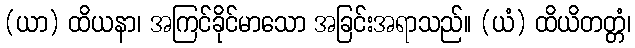
(ယာ) ထိယနာ၊ အကြင်ခိုင်မာသော အခြင်းအရာသည်။ (ယံ) ထိယိတတ္တံ၊